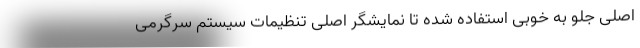
اصلی جلو به خوبی استفاده شده تا نمایشگر اصلی تنظیمات سیستم سرگرمی